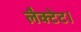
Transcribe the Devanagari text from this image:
लैक्टेट।